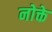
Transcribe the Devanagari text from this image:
नोक्ते